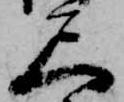
尺